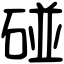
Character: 碰